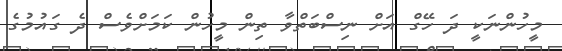
މީހުންނަކީ ދަ ހޭގް އަށް ނިސްބަތްވާ ތިން މީހުން ކަމަށްވެސް ދެ ގައުމުގެ